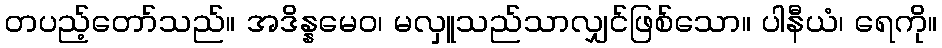
တပည့်တော်သည်။ အဒိန္နမေဝ၊ မလှူသည်သာလျှင်ဖြစ်သော။ ပါနီယံ၊ ရေကို။